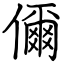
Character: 儞